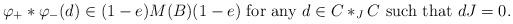
LaTeX: \begin{align*}\varphi_+\ast\varphi_-(d)\in (1-e)M(B)(1-e) \mbox{\ for\ any\ } d\in C\ast_J C \mbox{\ such\ that\ }dJ=0.\end{align*}